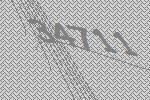
34711